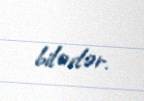
bilərlər.